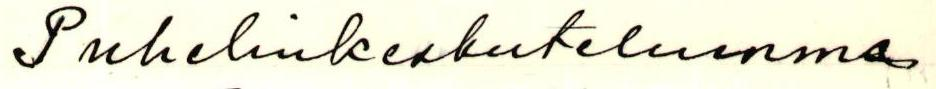
Puhelinkeskustelumme